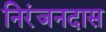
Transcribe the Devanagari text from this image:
निरंजनदास